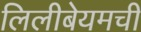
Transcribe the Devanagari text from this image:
लिलीबेयमची